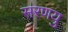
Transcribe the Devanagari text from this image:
सरणयु